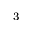
_ 3